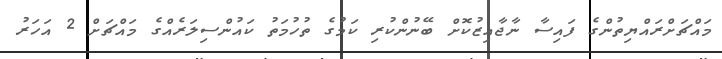
މައްޗަށްރައްޔިތުންގެ ފައިސާ ނާޖާއިޒުކޮށް ބޭނުންކުރި ކަމުގެ ތުހުމަތު ކައުންސިލަރެއްގެ މައްޗަށް 2 އަހަރު